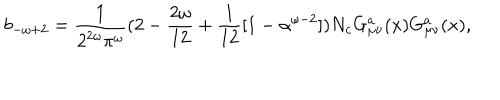
b _ { - \omega + 2 } = \frac { 1 } { 2 ^ { 2 \omega } \pi ^ { \omega } } ( 2 - \frac { 2 \omega } { 1 2 } + \frac { 1 } { 1 2 } [ 1 - \alpha ^ { \omega - 2 } ] ) N _ { c } G _ { \mu \nu } ^ { a } ( x ) G _ { \mu \nu } ^ { a } ( x ) ,